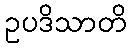
ဥပဒိသာတိ